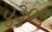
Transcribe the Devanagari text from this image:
४३०९